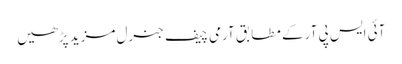
آئی ایس پی آر کے مطابق آرمی چیف جنرل مزید پڑھیں